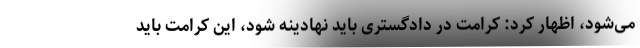
می‌شود، اظهار کرد: کرامت در دادگستری باید نهادینه شود، این کرامت باید